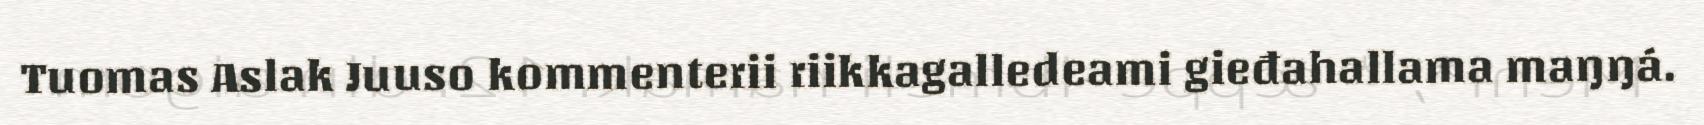
Tuomas Aslak Juuso kommenterii riikkagalledeami gieđahallama maŋŋá.